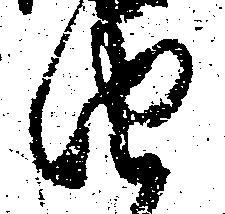
由